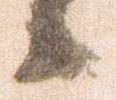
候